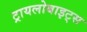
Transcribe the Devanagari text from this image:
ट्रायलोबाइट्स